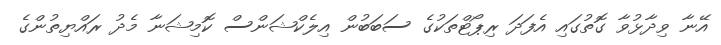
އޭނާ ވިދާޅުވާ ގޮތުގައި އެފަދަ ރިޕޯޓްތަކުގެ ސަބަބުން އިލެކްޝަންސް ކޮމިޝަނާ މެދު ރައްޔިތުންގެ